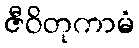
ဇီဝိတုကာမံ